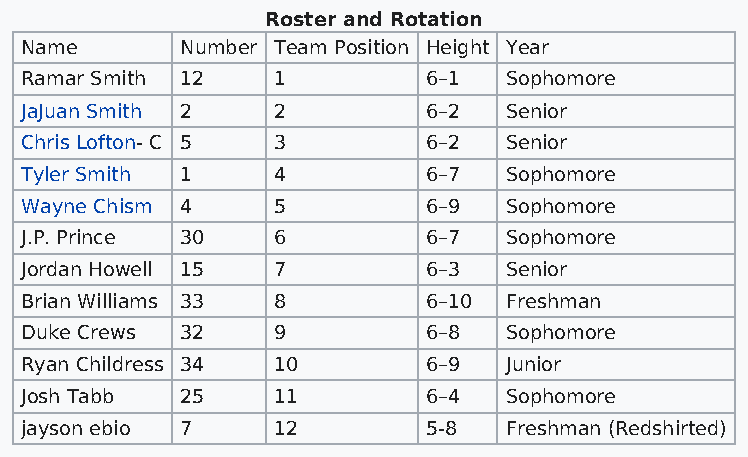
Roster and Rotation
 Name       Number Team Position Height Year
 Ramar Smith 12   1         6–1  Sophomore
 JaJuan Smith 2   2         6–2  Senior
 Chris Lofton- C 5 3        6–2  Senior
 Tyler Smith 1    4         6–7  Sophomore
 Wayne Chism 4    5         6–9  Sophomore
 J.P. Prince 30   6         6–7  Sophomore
 Jordan Howell 15 7         6–3  Senior
 Brian Williams 33 8        6–10 Freshman
 Duke Crews 32    9         6–8  Sophomore
 Ryan Childress 34 10       6–9  Junior
 Josh Tabb  25    11        6–4  Sophomore
 jayson ebio 7    12        5-8  Freshman (Redshirted)